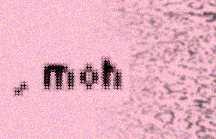
, moh